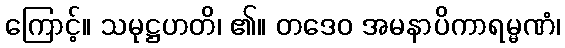
ကြောင့်။ သမုဋ္ဌဟတိ၊ ၏။ တဒေဝ အမနာပိကာရမ္မဏံ၊